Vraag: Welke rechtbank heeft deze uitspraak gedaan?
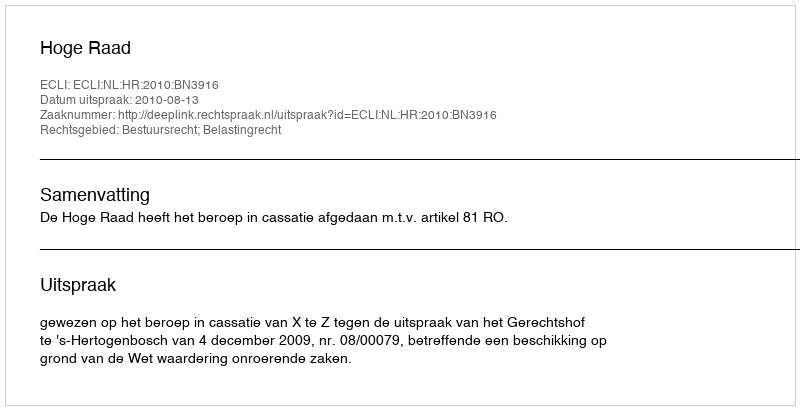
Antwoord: Hoge Raad